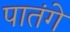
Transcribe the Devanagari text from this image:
पातंगे